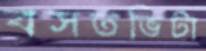
বসতভিটা